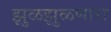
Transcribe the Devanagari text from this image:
झुळझुळणारा